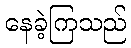
နေခဲ့ကြသည်